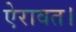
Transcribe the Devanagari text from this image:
ऐरावत।